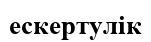
ескертулік